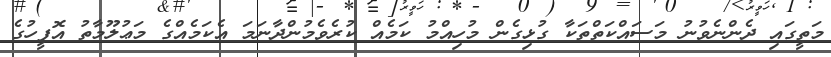
މަތީގައި ދެންނެވުނު މަސައްކަތްތަކާ ގުޅިގެން މުހިއްމު ކަމެއް ކުރެވެމުންދާނަމަ އެކަމެއްގެ މަޢުލޫމާތު އޮފީހުގެ